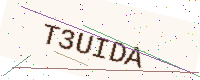
Text: T3UIDA